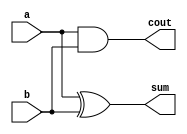
`timescale 1ns / 1ps

module ha(a,b,sum,cout);
    input a,b;
    output sum,cout;
    assign sum=a ^ b;
    assign cout=a & b;
endmodule



module pha(a,b,sum1,sum0,cout1,cout0);
    input a,b;
    output sum1,sum0;
    output cout1,cout0;
    assign sum0= a^b;
    assign sum1= ~(a^b);
    assign cout0=a & b;
    assign cout1=a | b;
endmodule



module pfa(a,b,sum1,sum0,cout1,cout0,cin1,cin0);
    input a,b,cin1,cin0;
    output sum1,sum0;
    output cout1,cout0;
    wire s1,s0;
    wire c1,c0;
    
    assign s0= a^b;
    assign s1= ~(a^b);
    assign c0=a & b;
    assign c1=a|b;
    assign cout1=cin1?c1:c0;
    assign cout0=cin0?c1:c0;
    assign sum1=cin1?s1:s0;
    assign sum0=cin0?s1:s0;
endmodule



module rca(a,b,sum,cout);
    input [1:0] a,b;
    output [1:0] sum;
    output cout;
     
    ha a0(a[0],b[0],sum[0],c);
    fa a1(sum[1],cout,a[1],b[1],c);
endmodule



module do_rca(a,b,sum1,sum0,cout1,cout0);
    input [7:0] a,b;
    output [7:0] sum1,sum0;
    output cout1,cout0;
    wire cout01, cout00, cout11, cout10, cout21, cout20, cout30, cout31, cout40, cout41, cout50, cout51, cout60, cout61, cout70, cout71;
    
    pha a0(a[0],b[0],sum1[0],sum0[0],cout01,cout00);
    pfa a1(a[1],b[1],sum1[1],sum0[1],cout11,cout10,cout01,cout00);
    pfa a2(a[2],b[2],sum1[2],sum0[2],cout21,cout20,cout11,cout10);
    pfa a3(a[3],b[3],sum1[3],sum0[3],cout31,cout30,cout21,cout20);
    pfa a4(a[4],b[4],sum1[4],sum0[4],cout41,cout40,cout31,cout30);
    pfa a5(a[5],b[5],sum1[5],sum0[5],cout51,cout50,cout41,cout40);
    pfa a6(a[6],b[6],sum1[6],sum0[6],cout61,cout60,cout51,cout50);
    pfa a7(a[7],b[7],sum1[7],sum0[7],cout71,cout70,cout61,cout60);
    
    assign cout1=cout71;
    assign cout0=cout70;
endmodule


module fa(sum,cout,a,b,cin);
    output sum,cout;
    input a,b,cin;
    assign sum=(a^b)^cin;
    assign cout=((a^b) & cin) | (a & b) ;
endmodule


module csla(a,b,sum);
    input [65:0] a,b;
    output [65:0] sum;
    
    wire [63:0] sum0,sum1;
    wire c2,c10,c18,c26,c34,c42,c50,c58, c10_1, c10_0, c18_1, c18_0, c26_0, c26_1, c34_0, c34_1, c42_0, c42_1, c50_0, c50_1, c58_0, c58_1, c66_0, c66_1;
    
    rca a0(a[1:0],b[1:0],sum[1:0],c2);
    do_rca a1(a[9:2],b[9:2],sum1[7:0],sum0[7:0],c10_1,c10_0);
    do_rca a2(a[17:10],b[17:10],sum1[15:8],sum0[15:8],c18_1,c18_0);
    do_rca a3(a[25:18],b[25:18],sum1[23:16],sum0[23:16],c26_1,c26_0);
    do_rca a4(a[33:26],b[33:26],sum1[31:24],sum0[31:24],c34_1,c34_0);
    do_rca a5(a[41:34],b[41:34],sum1[39:32],sum0[39:32],c42_1,c42_0);
    do_rca a6(a[49:42],b[49:42],sum1[47:40],sum0[47:40],c50_1,c50_0);
    do_rca a7(a[57:50],b[57:50],sum1[55:48],sum0[55:48],c58_1,c58_0);
    do_rca a8(a[65:58],b[65:58],sum1[63:56],sum0[63:56],c66_1,c66_0);
    
    assign sum[9:2]=c2?sum1[7:0]:sum0[7:0];
    assign c10=c2?c10_1:c10_0;
    
    assign sum[17:10]=c10?sum1[15:8]:sum0[15:8];
    assign c18=c10?c18_1:c18_0;
    
    assign sum[25:18]=c18?sum1[23:16]:sum0[23:16];
    assign c26=c18?c26_1:c26_0;
    
    assign sum[33:26]=c26?sum1[31:24]:sum0[31:24];
    assign c34=c26?c34_1:c34_0;
    
    assign sum[41:34]=c34?sum1[39:32]:sum0[39:32];
    assign c42=c34?c42_1:c42_0;
    
    assign sum[49:42]=c42?sum1[47:40]:sum0[47:40];
    assign c50=c42?c50_1:c50_0;
    
    assign sum[57:50]=c50?sum1[55:48]:sum0[55:48];
    assign c58=c50?c58_1:c58_0;

    assign sum[65:58]=c58?sum1[63:56]:sum0[63:56];
endmodule